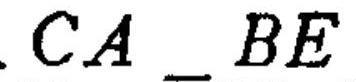
$CA\_BE$